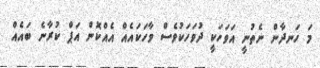
މަ ހަނދާން ނެތުނީ އަވަހަކީ ދުވަހަކުވެސް ވާހަކައެއް އެއްކޮން އަޕް ކުރާނެ ބައެއް